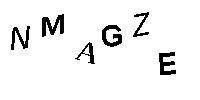
NMAGZE